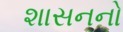
શાસનનો